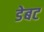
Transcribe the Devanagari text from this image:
डेबट